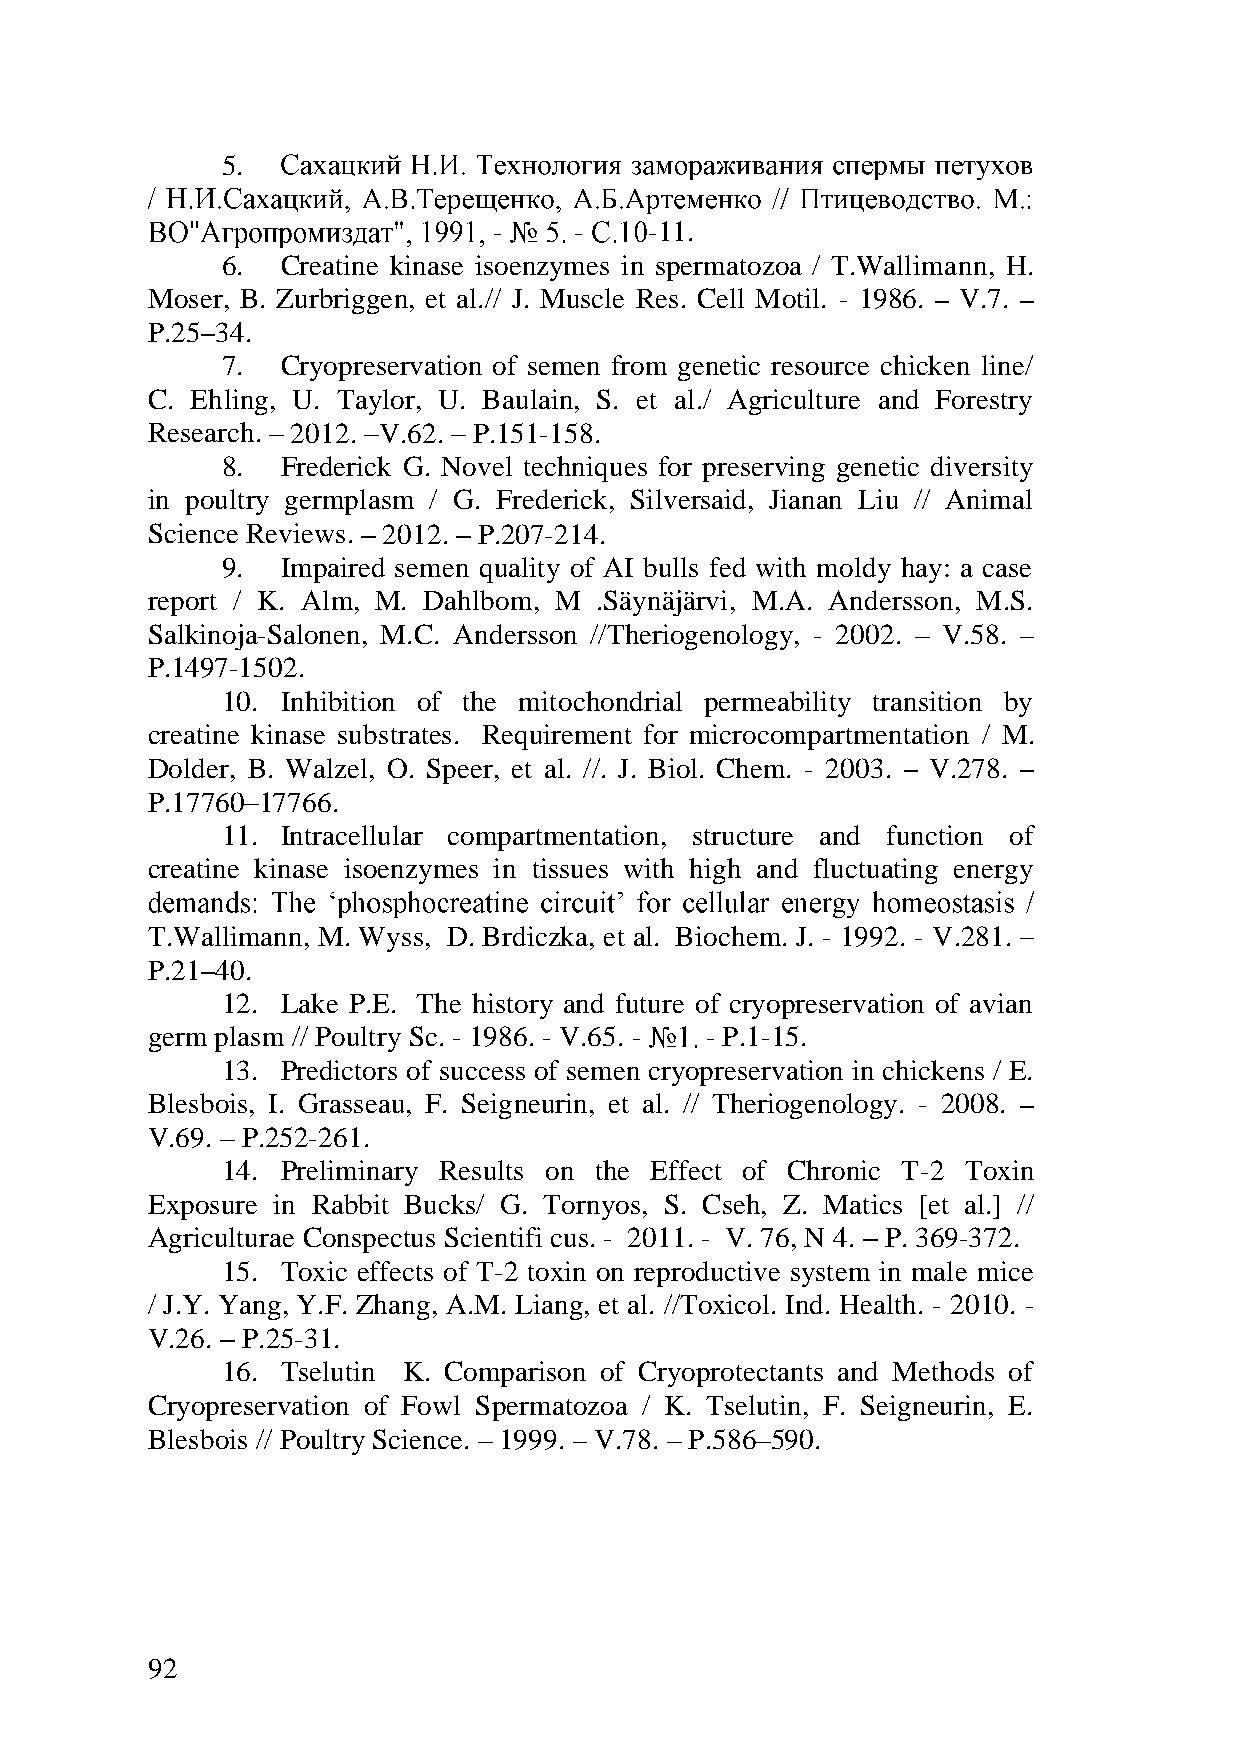
5.
 -    -    -11.
 6.  Creatine kinase isoenzymes in spermatozoa / T.Wallimann, H.
 Moser, B. Zurbriggen, et al.// J. Muscle Res. Cell Motil. - 1986. V.7.
 P.25 34.
 7.  Cryopreservation of semen from genetic resource chicken line/
 C. Ehling, U. Taylor, U. Baulain, S. et al./ Agriculture and Forestry
 Research. 2012. V.62. P.151-158.
 8.  Frederick G. Novel techniques for preserving genetic diversity
 in poultry germplasm / G. Frederick, Silversaid, Jianan Liu // Animal
 Science Reviews. 2012. P.207-214.
 9.  Impaired semen quality of AI bulls fed with moldy hay: a case
 report / K. Alm, M. Dahlbom, M .Säynäjärvi, M.A. Andersson, M.S.
 Salkinoja-Salonen, M.C. Andersson //Theriogenology, - 2002. V.58.
 P.1497-1502.
 10. Inhibition of the mitochondrial permeability transition by
 creatine kinase substrates. Requirement for microcompartmentation / M.
 Dolder, B. Walzel, O. Speer, et al. //. J. Biol. Chem. - 2003. V.278.
 P.17760 17766.
 11. Intracellular compartmentation, structure and function of
 creatine kinase isoenzymes in tissues with high and fluctuating energy
 T.Wallimann, M. Wyss, D. Brdiczka, et al. Biochem. J. - 1992. - V.281.
 P.21 40.
 12. Lake P.E. The history and future of cryopreservation of avian
 germ plasm // Poultry Sc. - 1986. - V.65. - - P.1-15.
 13. Predictors of success of semen cryopreservation in chickens / E.
 Blesbois, I. Grasseau, F. Seigneurin, et al. // Theriogenology. - 2008.
 V.69. P.252-261.
 14. Preliminary Results on the Effect of Chronic T-2 Toxin
 Exposure in Rabbit Bucks/ G. Tornyos, S. Cseh, Z. Matics [et al.] //
 Agriculturae Conspectus Scientifi cus. - 2011. - V. 76, N 4. P. 369-372.
 15. Toxic effects of T-2 toxin on reproductive system in male mice
 / J.Y. Yang, Y.F. Zhang, A.M. Liang, et al. //Toxicol. Ind. Health. - 2010. -
 V.26. P.25-31.
 16. Tselutin K. Comparison of Cryoprotectants and Methods of
 Cryopreservation of Fowl Spermatozoa / K. Tselutin, F. Seigneurin, E.
 Blesbois // Poultry Science. 1999. V.78. P.586 590.
 92